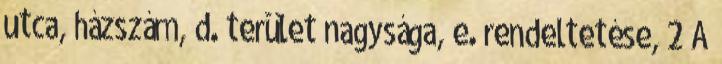
utca, házszám, d. terület nagysága, e. rendeltetése, 2 A